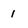
Character: 1